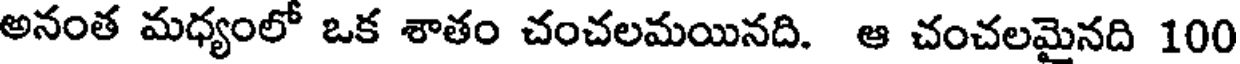
అనంత మధ్యంలో ఒక శాతం చంచలమయినది. ఆ చంచలమైనది 100